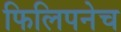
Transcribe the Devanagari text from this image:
फिलिपनेच